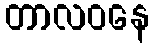
တာလဝနေ